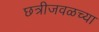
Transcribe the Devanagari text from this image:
छत्रीजवळच्या